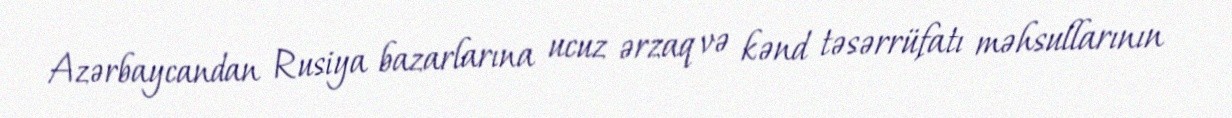
Azərbaycandan Rusiya bazarlarına ucuz ərzaq və kənd təsərrüfatı məhsullarının